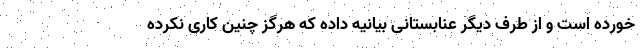
خورده است و از طرف دیگر عنابستانی بیانیه داده که هرگز چنین کاری نکرده